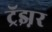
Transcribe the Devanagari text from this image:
ट्रॅझ़र